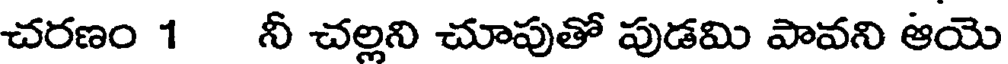
చరణం 1 నీ చల్లని చూపుతో పుడమి పావని ఆయె